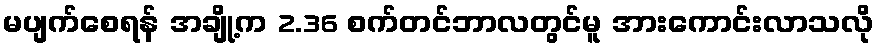
မပျက်စေရန် အချို့က 2.36 စက်တင်ဘာလတွင်မူ အားကောင်းလာသလို